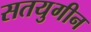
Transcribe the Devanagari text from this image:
सतयुगीन